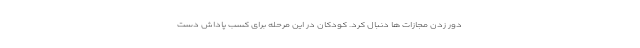
دور زدن مجازات ها دنبال کرد. کودکان در این مرحله برای کسب پاداش دست